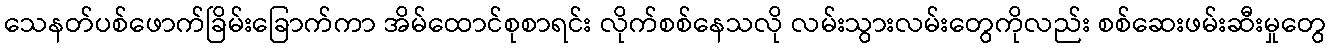
သေနတ်ပစ်ဖောက်ခြိမ်းခြောက်ကာ အိမ်ထောင်စုစာရင်း လိုက်စစ်နေသလို လမ်းသွားလမ်းတွေကိုလည်း စစ်ဆေးဖမ်းဆီးမှုတွေ